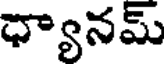
ధ్యానమ్